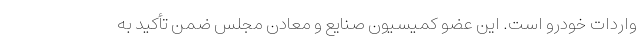
واردات خودرو است. این عضو کمیسیون صنایع و معادن مجلس ضمن تأکید به